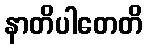
နာတိပါတေတိ